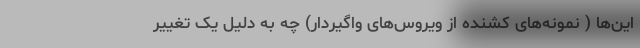
این‌ها ( نمونه‌های کشنده از ویروس‌های واگیردار) چه به دلیل یک تغییر